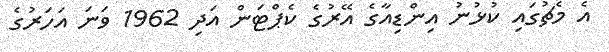
އެ މެޗުގައި ކުޅުނު އިންޑިއާގެ އޭރުގެ ކެޕްޓަން އަދި 1962 ވަނަ އަހަރުގެ